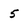
Character: 5